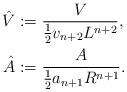
LaTeX: \begin{align*}\hat{V} &:= \frac{ V }{ \frac12 v_{n+2}L^{n+2} },\\\hat{A} &:= \frac{ A }{ \frac12 a_{n+1} R^{n+1} }.\end{align*}